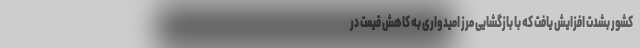
کشور بشدت افزایش یافت که با بازگشایی مرز امیدواری به کاهش قیمت در